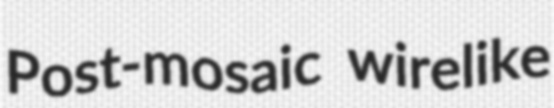
Post-mosaic wirelike